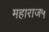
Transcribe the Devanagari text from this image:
महाराज५